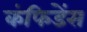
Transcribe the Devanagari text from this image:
कंफिडेंस